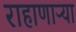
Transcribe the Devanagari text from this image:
राहाणाऱ्या